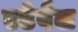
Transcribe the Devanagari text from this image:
एडेवैल